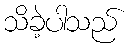
သိခဲ့ပါသည်